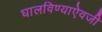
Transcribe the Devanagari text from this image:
घालविण्याऐवजी